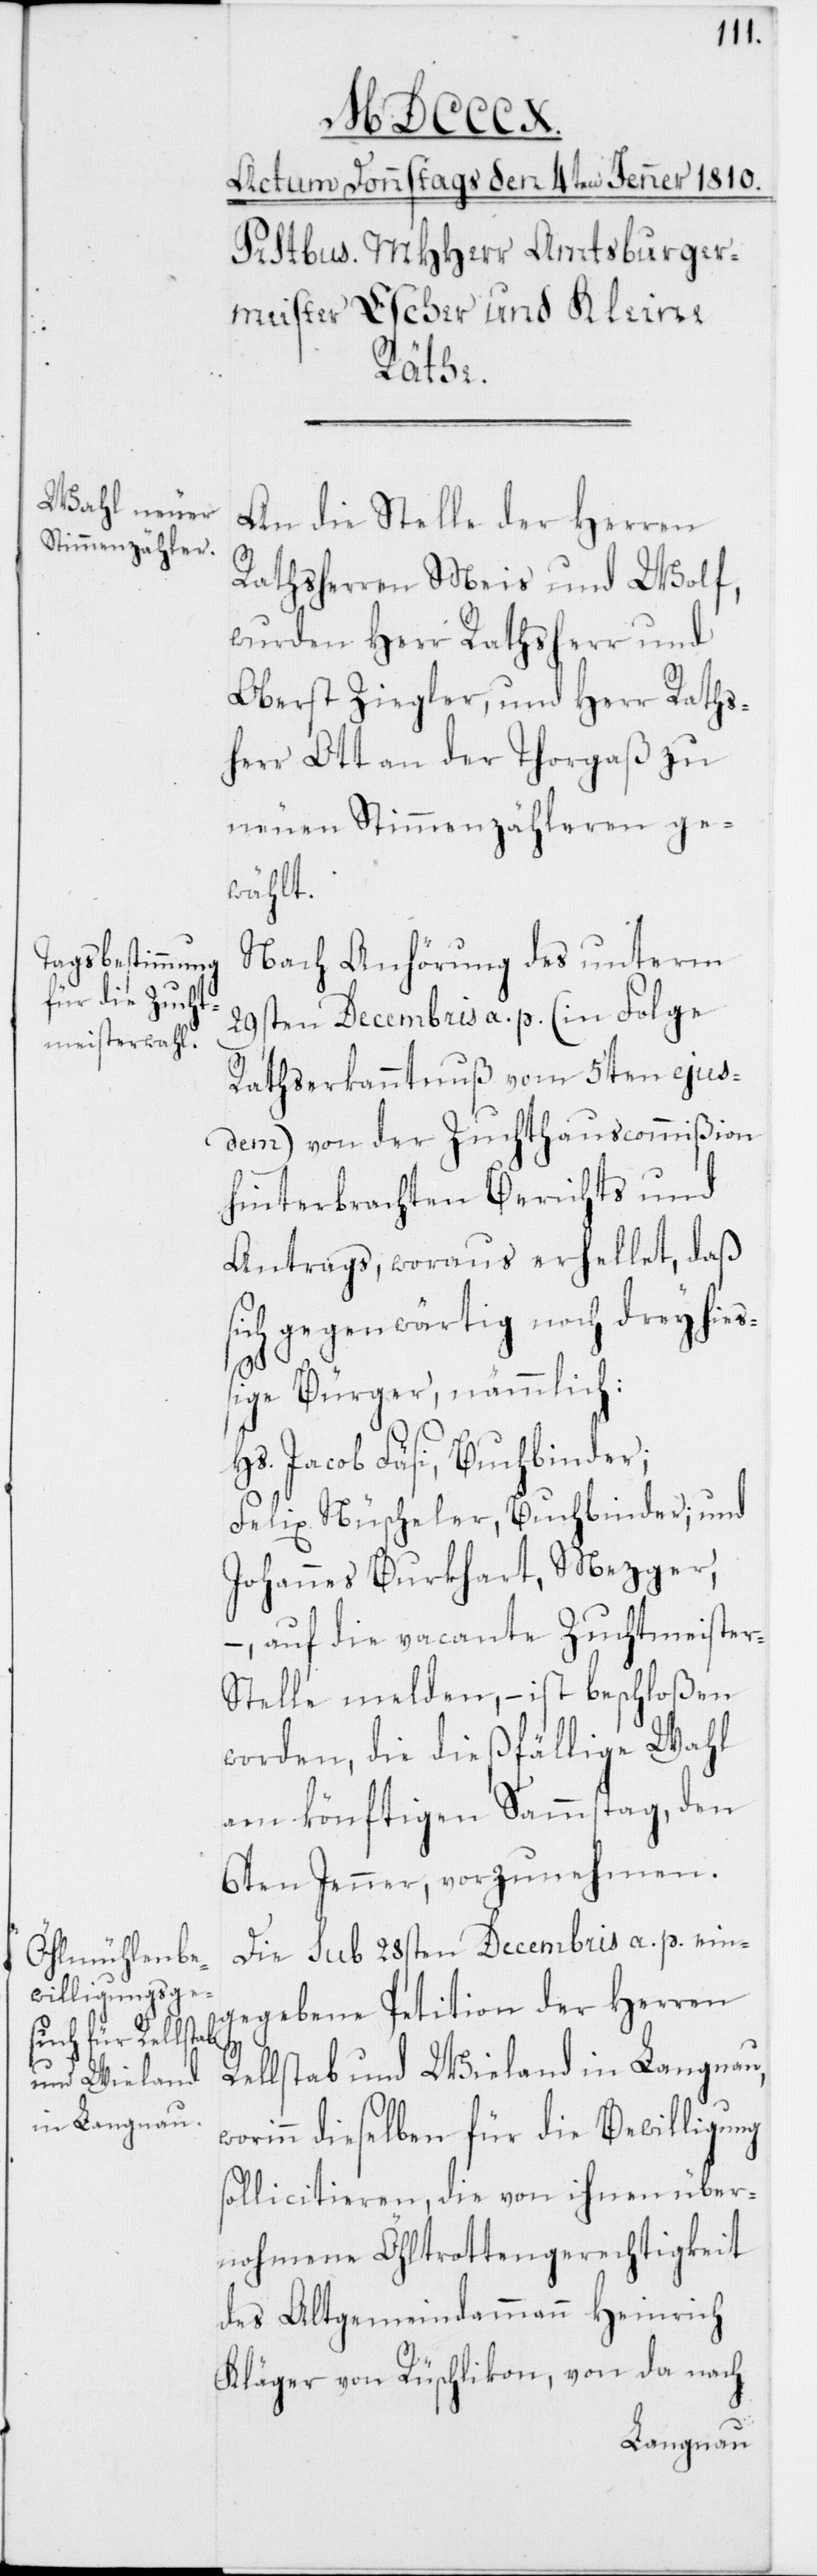
wo¬
An die Stelle der Herren
Rathsherren Meis und Wolf,
wurden Herr Rathsherr und
Oberst Ziegler, und Herr Raths¬
herr Ott an der Thorgaß zu
neuen Stimmenzähleren ge¬
wählt.
Nach Anhörung des unterm
29sten Decembris a. p. (in Folge
Rathserkanntnuß vom 5ten ejus¬
dem) von der Zuchthauscommißion
hinterbrachten Berichts und
Antrags, woraus erhellet, daß
sich gegenwärtig noch drey hieß¬
ige Bürger, nämmlich:
Hs. Jacob Fäsi, Buchbinder;
Felix Nüscheler, Buchbinder; und
Johannes Burkhart, Mezger,
– auf die vacante Zuchtmeiste¬
r-Stelle melden, – ist beschloßen
worden, die dießfällige Wahl
am könftigen Samstag, den
6ten Jenner, vorzunehmen.
Die sub 28ten Decembris a. p. ein¬
gegebene Petition der Herren
Rellstab und Wieland in Langnau,
rinn dieselben für die Bewilligung
sollicitieren, die von ihnen über¬
nohmene Öhltrottengerechtigkeit
des Altg§emeindammann Heinrich
Kläger von Rüschlikon, von da nach